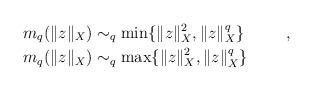
LaTeX: \begin{align*}m_{q}(\|z\|_{X})&\sim_{q}\min\{\|z\|_{X}^{2},\|z\|_{X}^{q}\}\;\;\qquad,\\ m_{q}(\|z\|_{X})&\sim_{q}\max\{\|z\|_{X}^{2},\|z\|_{X}^{q}\}\;\;\qquad\!\end{align*}